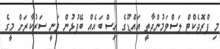
މި ޕްރޮޖެކްޓް ލަސްވަމުންދާތީ އައްޑޫގެ އިސް ބައެއް ބޭފުޅުން ވަނީ ސަރުކާރަށް މީގެ